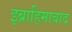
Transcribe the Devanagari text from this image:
इब्राहिमाबाद